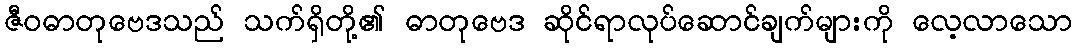
ဇီဝဓာတုဗေဒသည် သက်ရှိတို့၏ ဓာတုဗေဒ ဆိုင်ရာလုပ်ဆောင်ချက်များကို လေ့လာသော